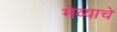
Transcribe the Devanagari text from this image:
मेव्याचे